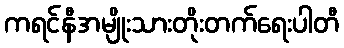
ကရင်နီအမျိုးသားတိုးတက်ရေးပါတီ